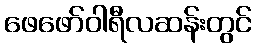
ဖေဖော်ဝါရီလဆန်းတွင်